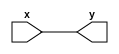
module Foo(
	input wire x,
	output wire y
);

assign y = x;
endmodule


// wire q, r;
// Foo f(q, r);

// assign q = 0;
// assign q = 1;
// assign q = 0;

// reg o;


// initial begin


// 	// Foo b(q, r);
// 	$display("q = %d", q);
// 	$display("o = %d", o);
// 	$display("r = %d", r);
// 	$finish(1);
// end